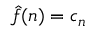
{ \hat { f } } ( n ) = c _ { n }